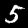
Label: 5